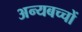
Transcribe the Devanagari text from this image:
अन्यबच्चों